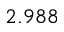
2 . 9 8 8